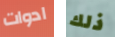
ادوات ذلك